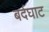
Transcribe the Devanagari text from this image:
बर्दघाट